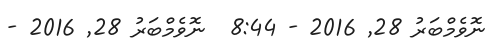
ނޮވެމްބަރު 28